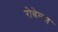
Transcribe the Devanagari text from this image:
रोबेल्स